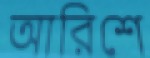
আরিশে